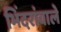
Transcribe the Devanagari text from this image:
भिंदरांवाले